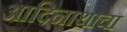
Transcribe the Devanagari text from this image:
आदिनाथाचा